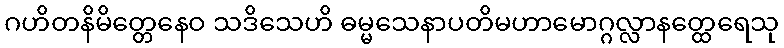
ဂဟိတနိမိတ္တေနေဝ သဒိသေဟိ ဓမ္မသေနာပတိမဟာမောဂ္ဂလ္လာနတ္ထေရေသု